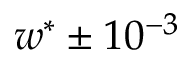
w ^ { * } \pm 1 0 ^ { - 3 }